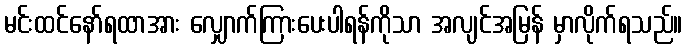
မင်းထင်နော်ရထာအား လျှောက်ကြားပေးပါရန်ကိုသာ အလျင်အမြန် မှာလိုက်ရသည်။